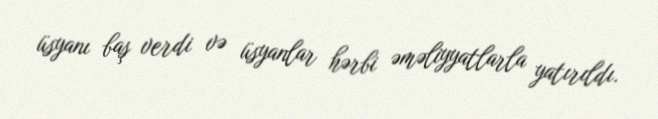
üsyanı baş verdi və üsyanlar hərbi əməliyyatlarla yatırıldı.